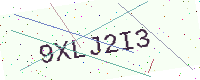
Text: 9XLJ2I3